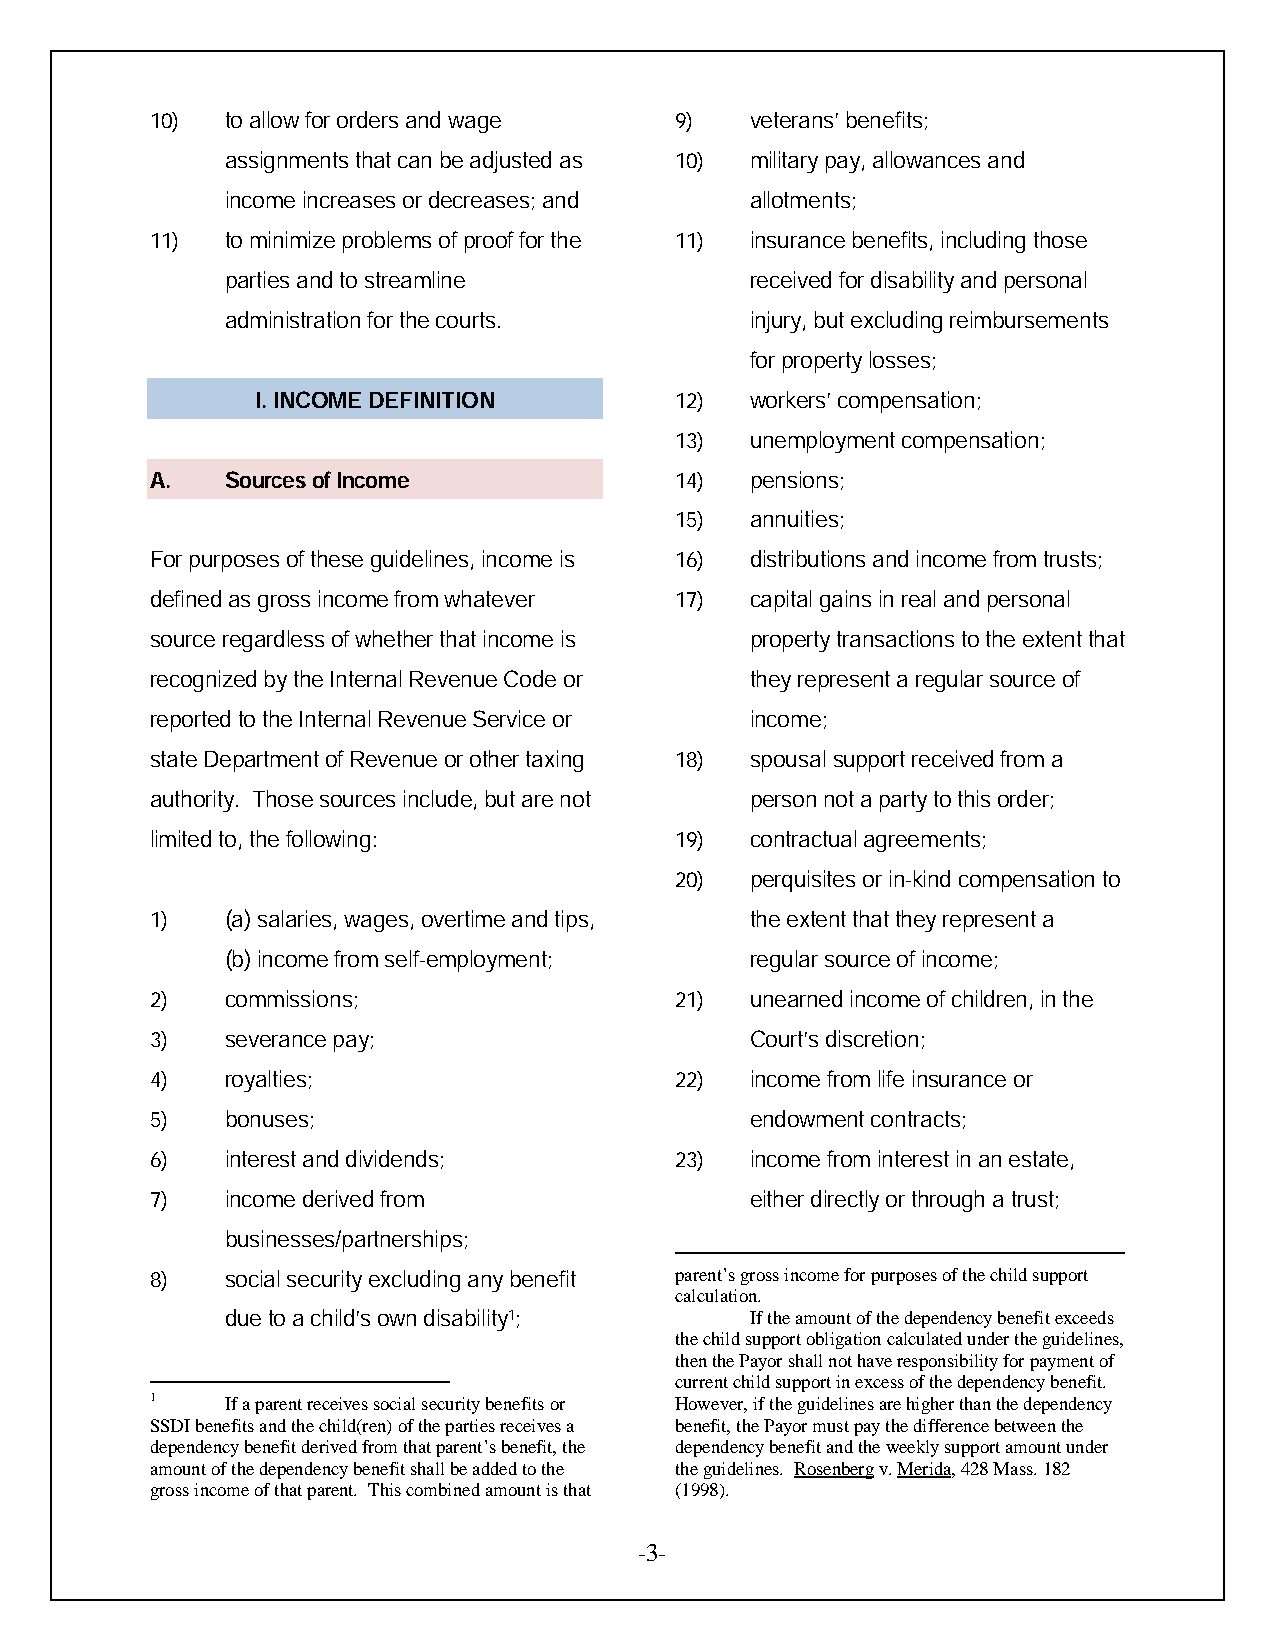
10)  to allow for orders and wage  9)   veterans’ benefits;
 assignments that can be adjusted as 10) military pay, allowances and
 income increases or decreases; and allotments;
 11)  to minimize problems of proof for the 11) insurance benefits, including those
 parties and to streamline          received for disability and personal
 administration for the courts.     injury, but excluding reimbursements
 for property losses;
 I. INCOME DEFINITION        12)  workers’ compensation;
 13)  unemployment compensation;
 A.   Sources of Income             14)  pensions;
 15)  annuities;
 For purposes of these guidelines, income is 16) distributions and income from trusts;
 defined as gross income from whatever 17) capital gains in real and personal
 source regardless of whether that income is property transactions to the extent that
 recognized by the Internal Revenue Code or they represent a regular source of
 reported to the Internal Revenue Service or income;
 state Department of Revenue or other taxing 18) spousal support received from a
 authority. Those sources include, but are not person not a party to this order;
 limited to, the following:         19)  contractual agreements;
 20)  perquisites or in-kind compensation to
 1)   (a) salaries, wages, overtime and tips, the extent that they represent a
 (b) income from self-employment;   regular source of income;
 2)   commissions;                  21)  unearned income of children, in the
 3)   severance pay;                     Court’s discretion;
 4)   royalties;                    22)  income from life insurance or
 5)   bonuses;                           endowment contracts;
 6)   interest and dividends;       23)  income from interest in an estate,
 7)   income derived from                either directly or through a trust;
 businesses/partnerships;
 8)   social security excluding any benefit parent’s gross income for purposes of the child support
 calculation.
 due to a child’s own disability1;  If the amount of the dependency benefit exceeds
 the child support obligation calculated under the guidelines,
 then the Payor shall not have responsibility for payment of
 current child support in excess of the dependency benefit.
 1    If a parent receives social security benefits or However, if the guidelines are higher than the dependency
 SSDI benefits and the child(ren) of the parties receives a benefit, the Payor must pay the difference between the
 dependency benefit derived from that parent’s benefit, the dependency benefit and the weekly support amount under
 amount of the dependency benefit shall be added to the the guidelines. Rosenberg v. Merida, 428 Mass. 182
 gross income of that parent. This combined amount is that (1998).
 -3-